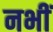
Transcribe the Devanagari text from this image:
नभीं